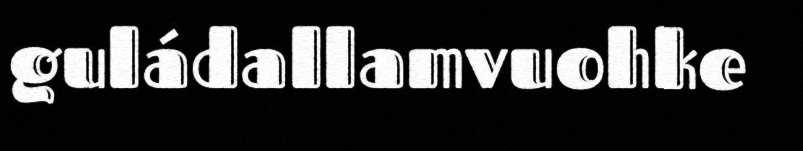
guládallamvuohke